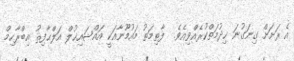
އެ ރަށަށް ގިނަގުނަ ޚިދުމަތްކުރެއްވިއެވެ.  ފާޠިމަތު މައުމޫނާއަކީ އައްޝައިޚުލް އަލްޙާފިޘު އިބްރާހިމް